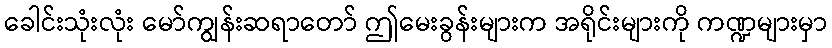
ခေါင်းသုံးလုံး မော်ကျွန်းဆရာတော် ဤမေးခွန်းများက အရိုင်းများကို ကဏ္ဍများမှာ